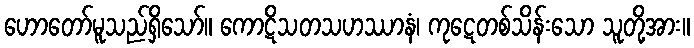
ဟောတော်မူသည်ရှိသော်။ ကောဋိသတသဟဿာနံ၊ ကုဋေတစ်သိန်းသော သူတို့အား။